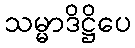
သမ္မာဒိဋ္ဌိပေ